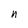
Character: n